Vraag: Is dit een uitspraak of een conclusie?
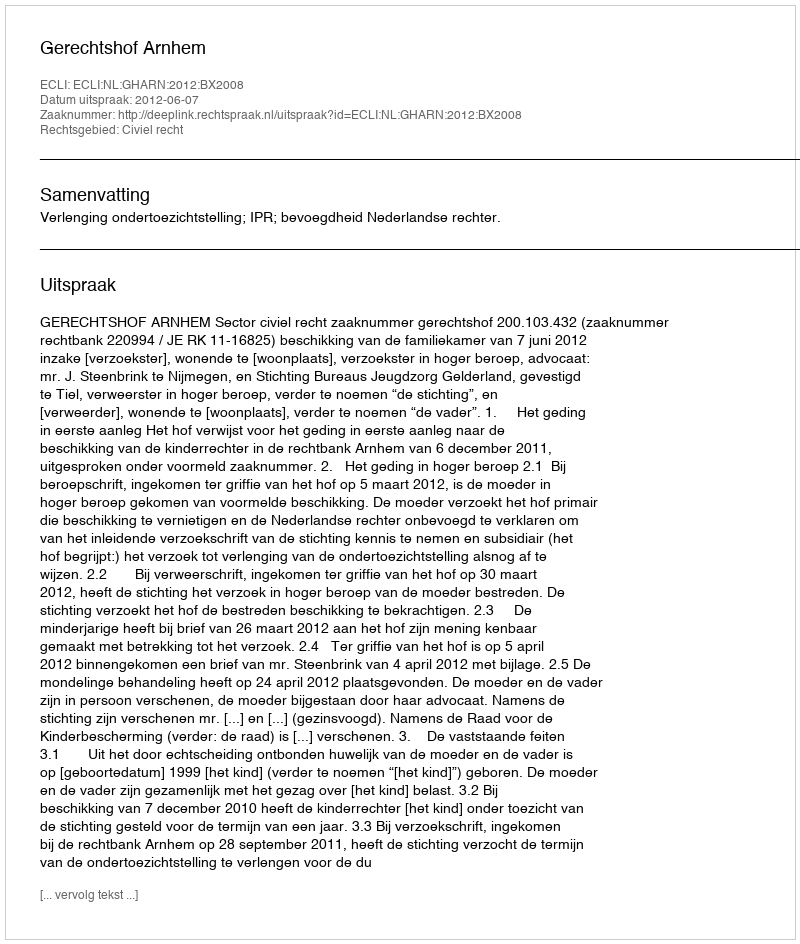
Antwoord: Uitspraak